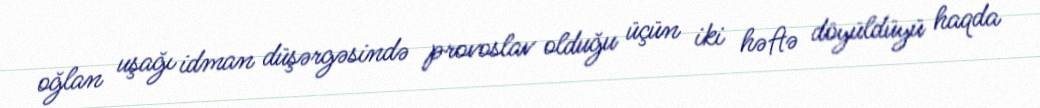
oğlan uşağı idman düşərgəsində provoslav olduğu üçün iki həftə döyüldüyü haqda